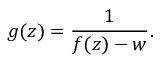
g ( z ) = { \frac { 1 } { f ( z ) - w } } .